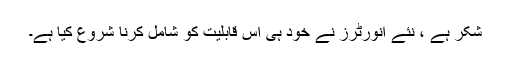
شکر ہے ، نئے انورٹرز نے خود ہی اس قابلیت کو شامل کرنا شروع کیا ہے۔